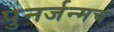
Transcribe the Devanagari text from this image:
पुनर्जन्मच